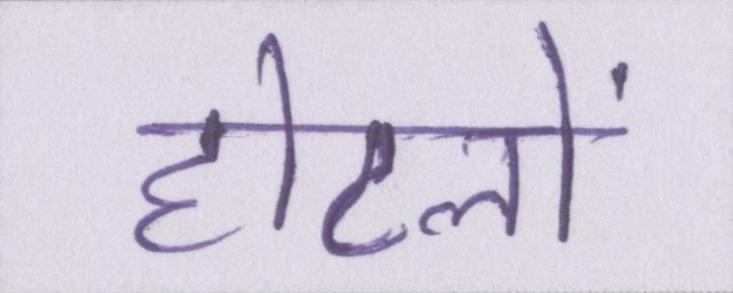
होटलों